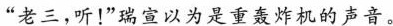
“老三，听！”瑞宣以为是重轰炸机的声音。